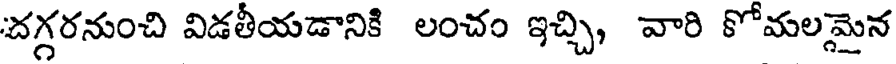
దగ్గరనుంచి విడతీయడానికి లంచం ఇచ్చి, వారి కోమలమైన